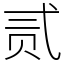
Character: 贰